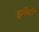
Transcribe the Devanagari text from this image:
इसिटी